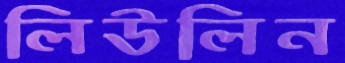
লিউলিন